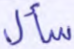
سأل